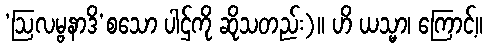
‘ဩလမ္ဗနာဒိ’စသော ပါဌ်ကို ဆိုသတည်း)။ ဟိ ယသ္မာ၊ ကြောင့်။